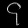
Digit: ၄